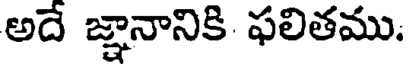
అదే జ్ఞానానికి ఫలితము.